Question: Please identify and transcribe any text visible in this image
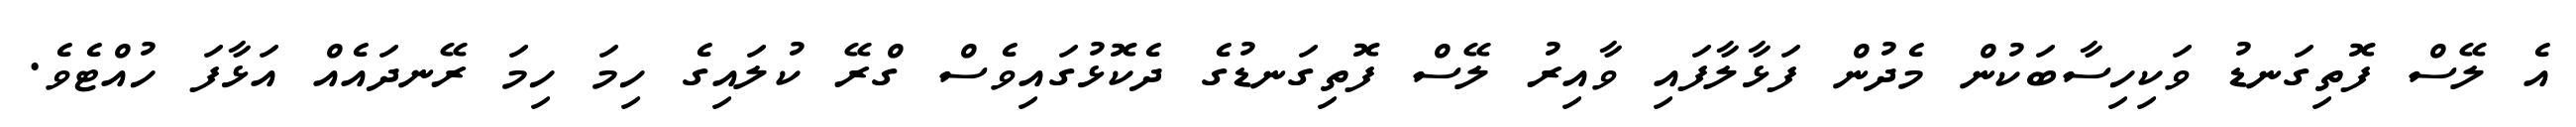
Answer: އެ ލޭސް ފޮތިގަނޑު ވަކިހިސާބަކުން މެދުން ފަޅާލާފައި ވާއިރު ލޭސް ފޮތިގަނޑުގެ ދެކޮޅުގައިވެސް ގްރޭ ކުލައިގެ ހިމަ ހިމަ ރޭނދައެއް އަޅާފަ ހުއްޓެވެ.